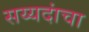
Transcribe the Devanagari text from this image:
सय्यदांचा